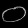
Digit: ၀